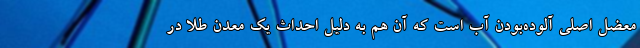
معضل اصلی آلوده‌بودن آب است که آن هم به دلیل احداث یک معدن طلا در